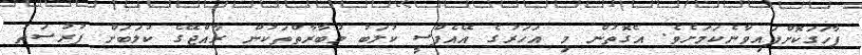
ފާހަގަކޮށްފައިވާނެކަމަށެވެ. އެގޮތުން މި އަހަރުގެ އޭއެފްސީ ކުލަބު މުބާރާތްތަކުން ރާއްޖޭގެ ކުލަބަށް ފުރުސަތު